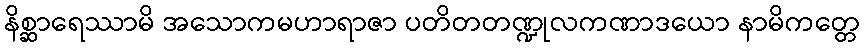
နိစ္ဆာရေဿာမိ အသောကမဟာရာဇာ ပတိတတဏ္ဍုလကဏာဒယော နာမိကတ္တေ